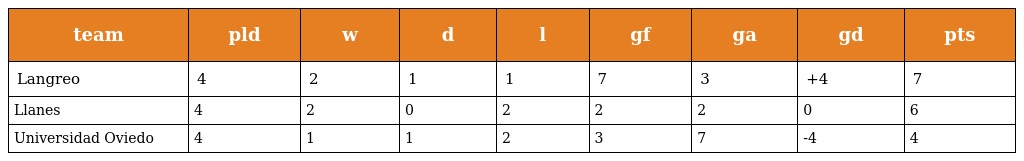
| team | pld | w | d | l | gf | ga | gd | pts |
 | --- | --- | --- | --- | --- | --- | --- | --- | --- |
 | Langreo | 4 | 2 | 1 | 1 | 7 | 3 | +4 | 7 |
 | Llanes | 4 | 2 | 0 | 2 | 2 | 2 | 0 | 6 |
 | Universidad Oviedo | 4 | 1 | 1 | 2 | 3 | 7 | -4 | 4 |